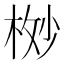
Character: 𬂸